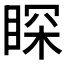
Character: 𮵈